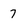
Character: 7